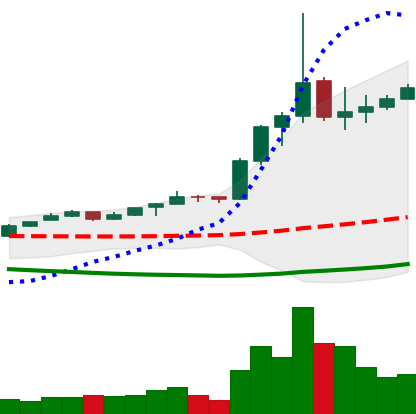
Ticker: ETC-USD
Chart end date: 2020-01-22
Forward return: 11.64%
Label: up_7plus